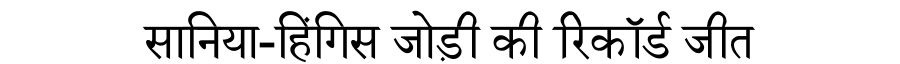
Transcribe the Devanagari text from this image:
सानिया-हिंगिस जोड़ी की रिकॉर्ड जीत